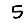
Digit: 5